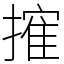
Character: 㩁